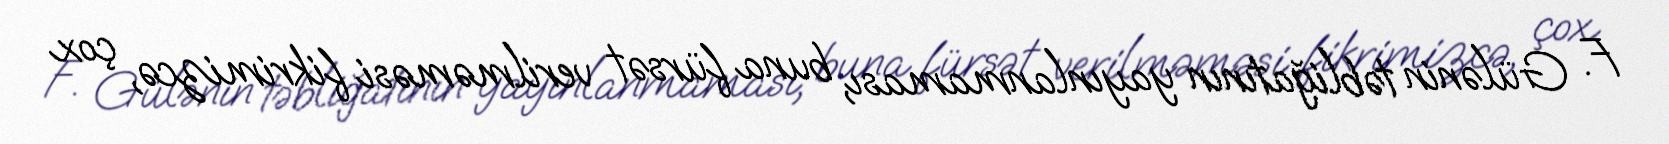
F. Gülənin təbliğatının yayınlanmaması, buna fürsət verilməməsi fikrimizcə, çox